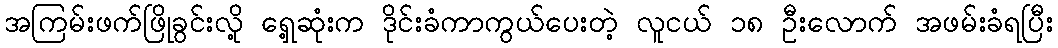
အကြမ်းဖက်ဖြိုခွင်းလို့ ရှေ့ဆုံးက ဒိုင်းခံကာကွယ်ပေးတဲ့ လူငယ် ၁၈ ဦးလောက် အဖမ်းခံရပြီး